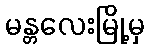
မန္တလေးမြို့မှ